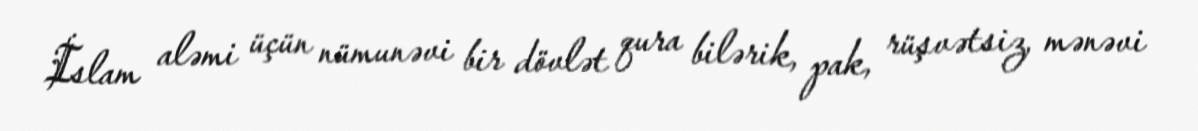
İslam aləmi üçün nümunəvi bir dövlət qura bilərik, pak, rüşvətsiz, mənəvi